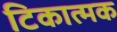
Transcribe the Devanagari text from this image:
टिकात्मक